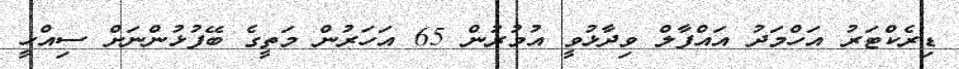
ޑިރެކްޓަރު އަހްމަދު އައްފާލް ވިދާޅުވީ އުމުރުން 65 އަހަރުން މަތީގެ ބޭފުޅުންނަށް ސިއްހީ